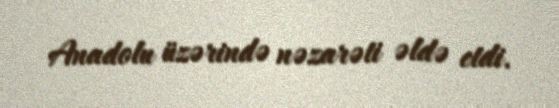
Anadolu üzərində nəzarəti əldə etdi.